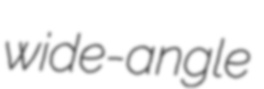
wide-angle